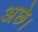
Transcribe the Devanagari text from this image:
अछे।